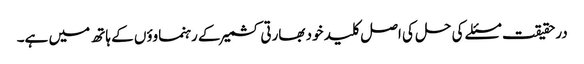
درحقیقت مسئلے کی حل کی اصل کلید خود بھارتی کشمیر کے رہنماوؤں کے ہاتھ میں ہے۔